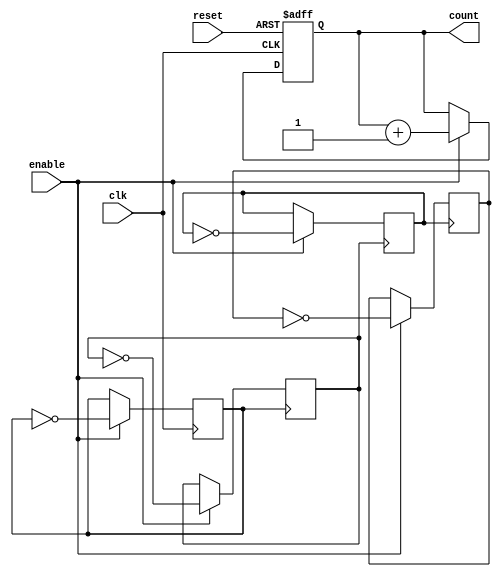
module async_counter #(parameter N = 4) (
    input wire clk,          // Clock signal for the LSB
    input wire reset,        // Asynchronous reset
    input wire enable,       // Enable counting
    output reg [N-1:0] count // N-bit output count
);

    // Always block to handle the counting mechanism
    always @(posedge clk or posedge reset) begin
        if (reset) begin
            count <= 0; // Reset the count to 0
        end else if (enable) begin
            count <= count + 1; // Increment the count
        end
    end

    // The LSB flip-flop (D Flip-Flop) toggles on falling edge of clk
    always @(negedge clk) begin
        if (enable) begin
            count[0] <= ~count[0]; // Toggle the LSB
        end
    end

    // Generate the remaining flip-flops based on the previous bit
    genvar i;
    generate
        for (i = 1; i < N; i = i + 1) begin : flip_flop_gen
            always @(negedge count[i - 1]) begin
                if (enable) begin
                    count[i] <= ~count[i]; // Toggle each subsequent bit
                end
            end
        end
    endgenerate

endmodule